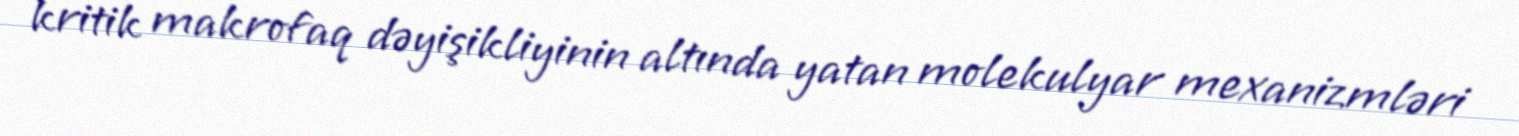
kritik makrofaq dəyişikliyinin altında yatan molekulyar mexanizmləri